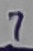
Text: 7